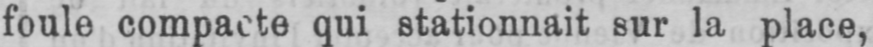
foule compacte qui stationnait sur la place,